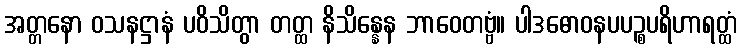
အတ္တနော ဝသနဋ္ဌာနံ ပဝိသိတွာ တတ္ထ နိသိန္နေန ဘာဝေတဗ္ဗံ။ ပါဒဓောဝနပပဉ္စပရိဟာရတ္ထံ